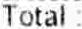
TOTAL: